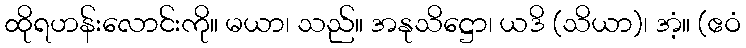
ထိုရဟန်းလောင်းကို။ မယာ၊ သည်။ အနုသိဋ္ဌော၊ ယဒိ (သိယာ)၊ အံ့။ (ဧဝံ